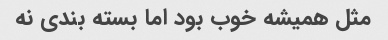
مثل همیشه خوب بود اما بسته بندی نه